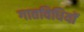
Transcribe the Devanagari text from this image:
गातविधियों